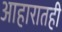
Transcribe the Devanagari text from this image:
आहारातही